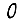
Digit: 0